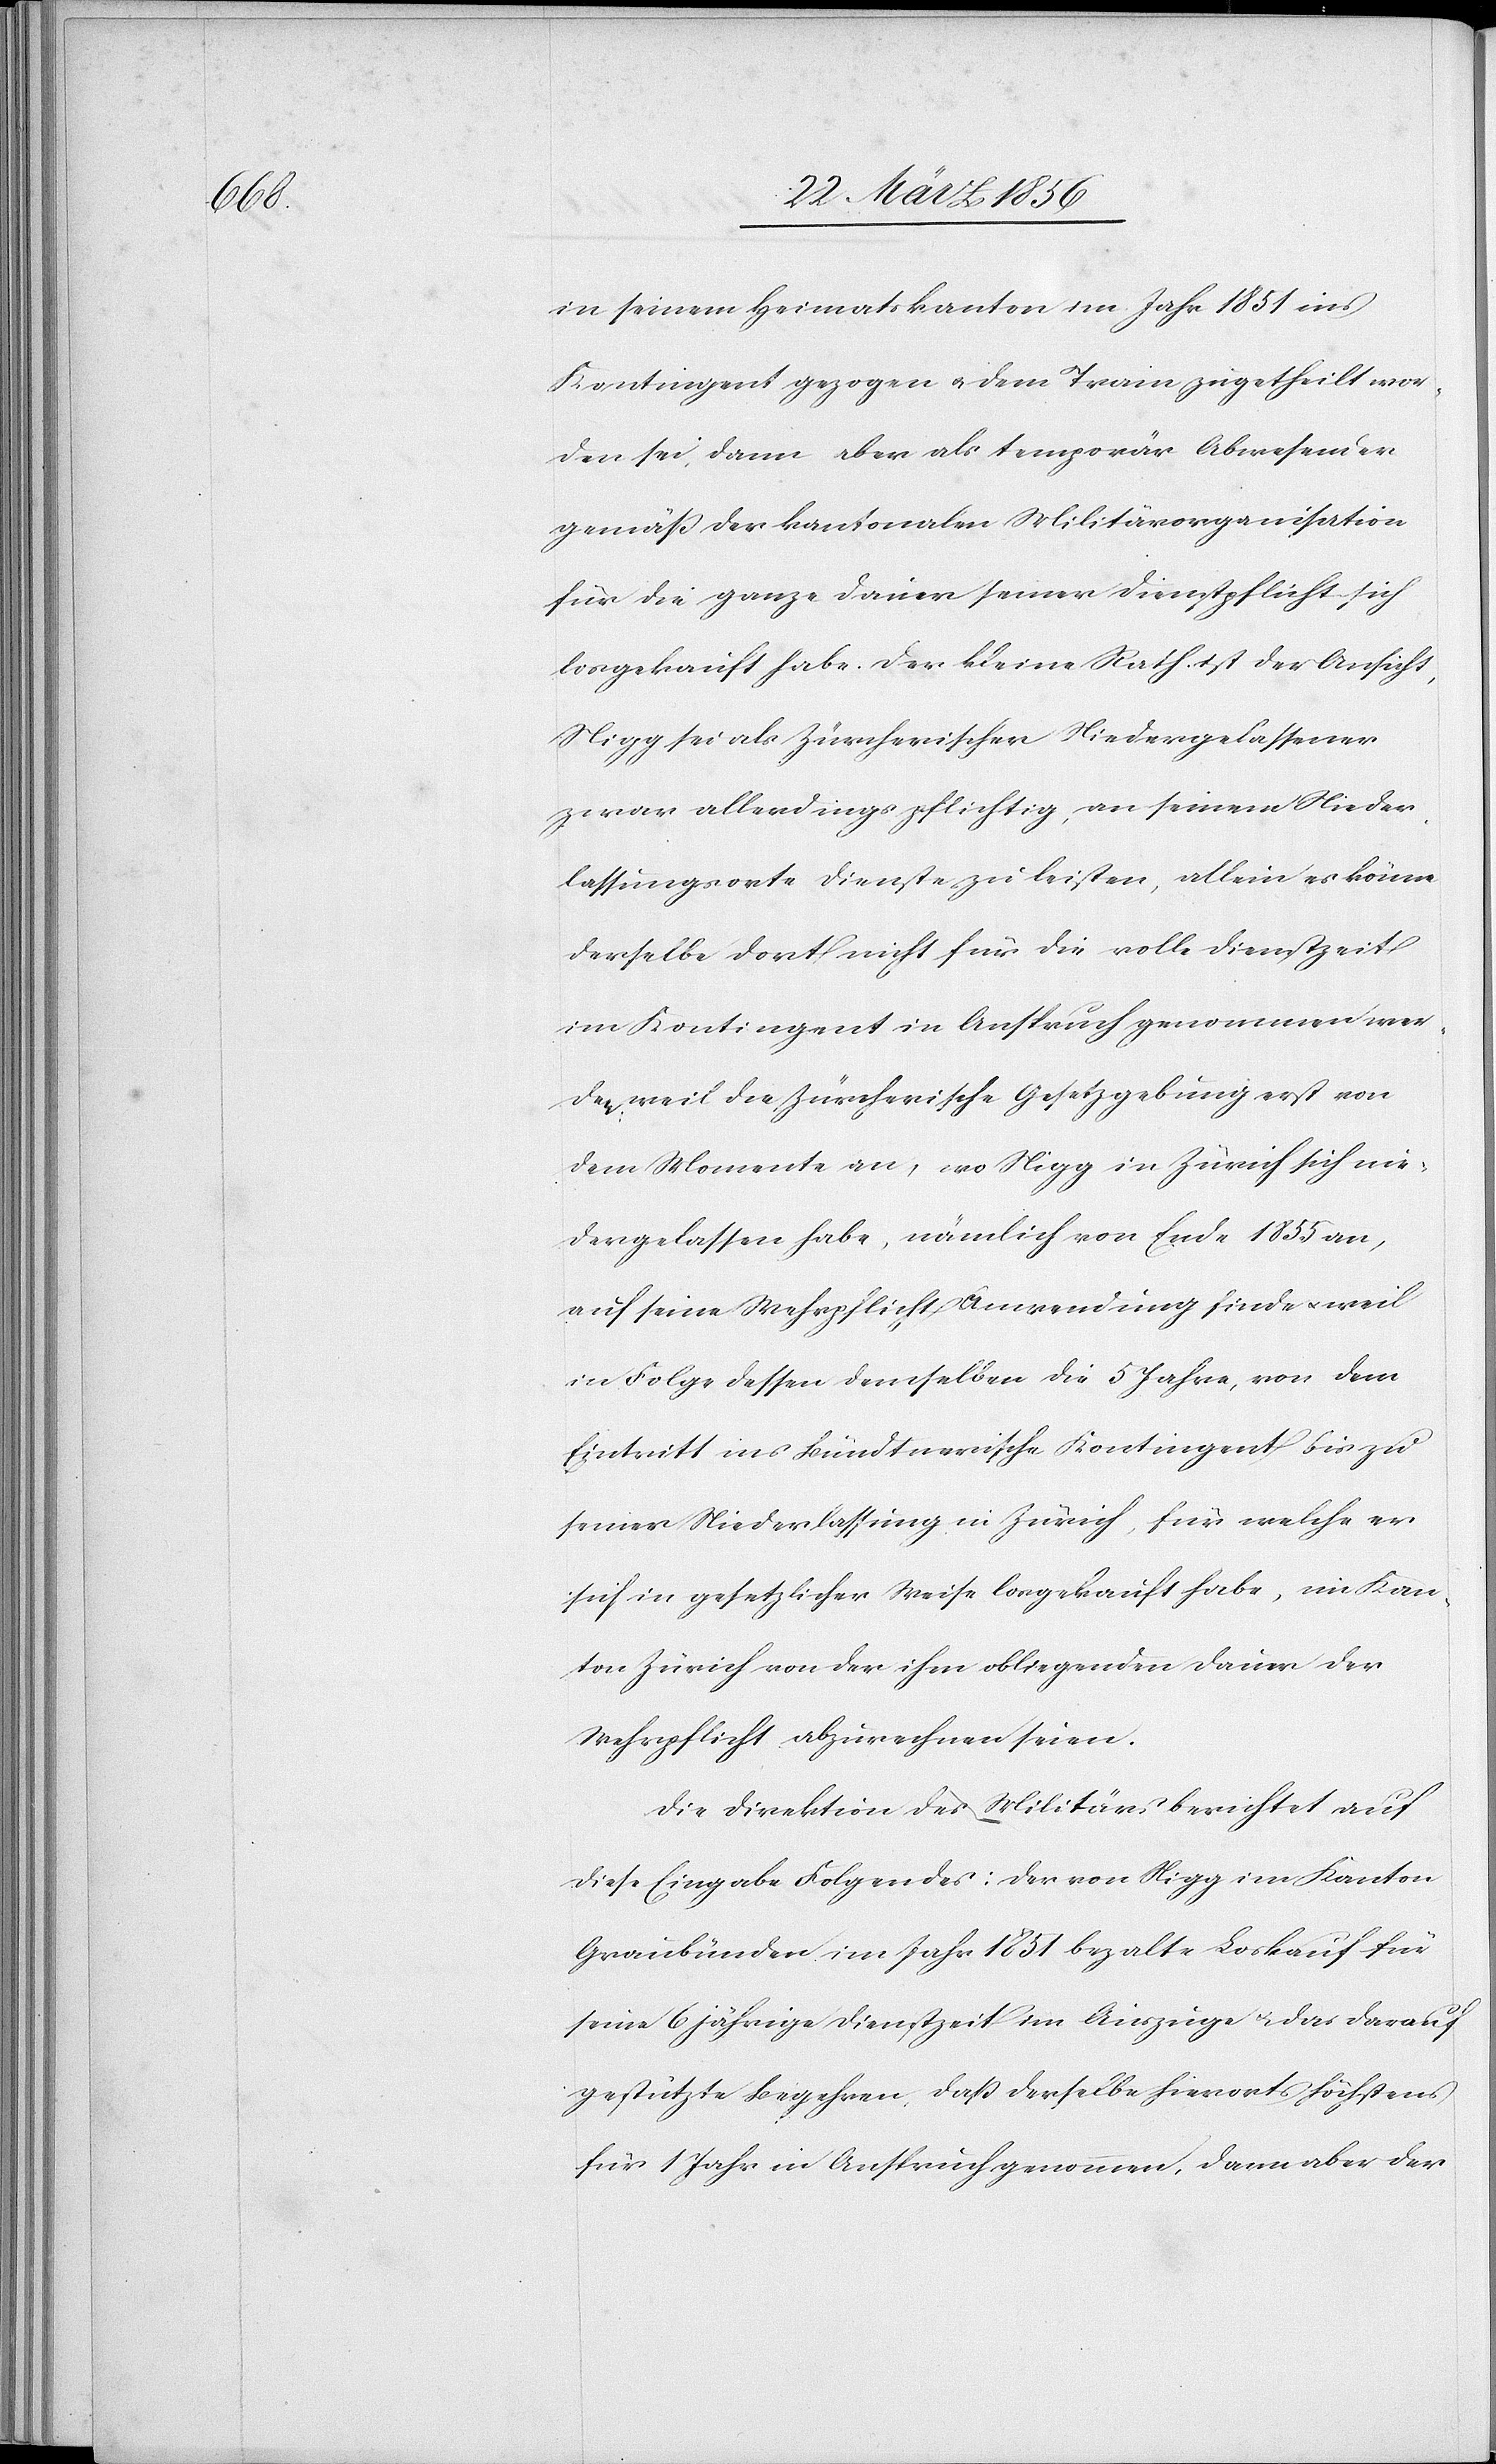
in seinem Heimatskanton im Jahr 1851 ins
Kontingent gezogen u. dem Train zugetheilt wor¬
den sei, dann aber als temporär Abwesenden
gemäß der kantonalen Militärorganisation
für die ganze Dauer seiner Dienstpflicht sich
losgekauft habe. Der kleine Rath ist der Ansicht,
Nigg sei als Zürcherischer Niedergelassener
zwar allerdings pflichtig, an seinem Nieder¬
lassungsorte Dienst zu leisten, allein es könne
derselbe dort nicht für die volle Dienstzeit
im Kontingent in Anspruch genommen wer¬
den, weil die Zürcherische Gesetzgebung erst von
dem Momente an, wo Nigg in Zürich sich nie¬
dergelassen habe, nämlich von Ende 1855 an,
auf seine Mehrpflicht Anwendung finde u. weil
in Folge dessen demselben die 5 Jahre, von dem
Eintritt ins Bündtnerische Kontingent bis zu
seiner Niederlassung in Zürich, für welche er
sich in gesetzlicher Weise losgekauft habe, im Kan¬
ton Zürich von der ihm obliegenden Dauer der
Wehrpflicht abzurechnen seien.
Die Direktion des Militärs berichtet auf
diese Eingabe Folgendes: Der von Nigg im Kanton
Graubünden im Jahr 1851 bezalte Loskauf für
seine 6 jährige Dienstzeit im Auszuge u. das darauf
gestützte Begehren, daß derselbe hierorts höchstens
für 1 Jahr in Anspruch genommen, dann aber der